Lunatic asylums in Bengal annual reports 1899-1911 - 1899-1911
Year: 1899
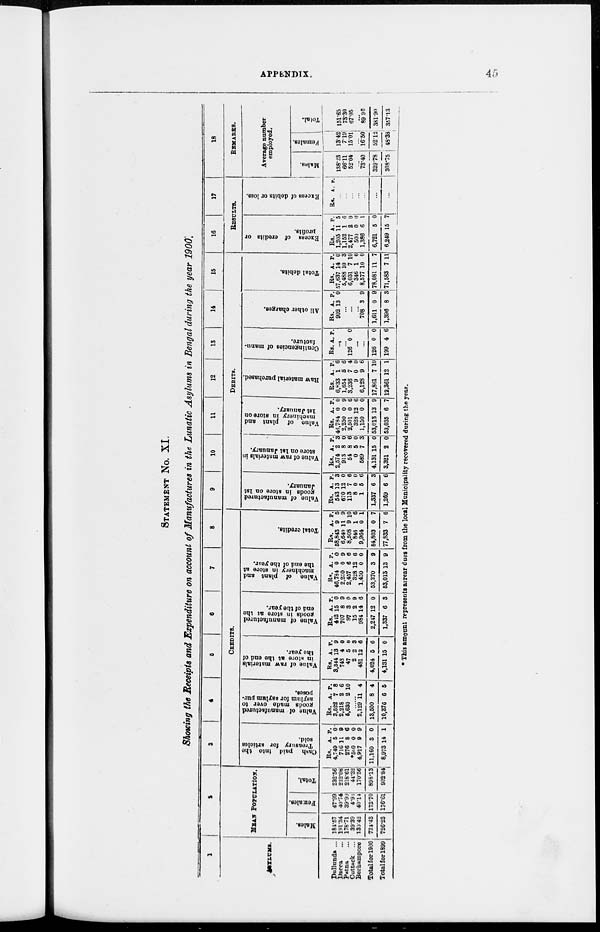
APPENDIX.
45
STATEMENT No. XI.
Showing the Receipts and Expenditure on account of Manufactures in the Lunatic Asylums in Bengal during the year 1900
1
ASYLUMS.
Dullunda ...
Dacca
P»tna
Cutuck
...
Berhampore
Total for 1900
Total for 1899
2
MEAN POPULATION.
Males.
184.57
191.34
178.71
39.39
139.42
724.43
726.23
Females.
47.99
40.74
39.90
4.93
40.14
173.70
176.61
Total.
232.56
232.08
218.61
44.32
170.56
898.13
902.84
3
4
6
6
7
8
CREDITS.
Cash paid into the
Treasury for articles
sold.
Rs.
4,749
716
276
*500
4,917
11,160
8,973
A.
56
11
8
0
9
3
14
P.
0 9
6
0
9
0
1
Value of manufactured
goods made over to
asylum for asylum pur-
poses.
Rs.
3,522
2,218
5,630
A.
7
2
2
P.
8
6
10
......
2,129
13,500
10,376
11
8
6
4
4
5
Value of raw materials
in store at the end of
the year.
Rs.
3,344
748
47
2
481
4,624
4,131
A.
13
4
5
2
12
5
15
P.
9
0
0
3
6
6
0
Value of manufactured
goods in store at the
end of the year.
Rs.
442
707
97
15
984
2,247
1,337
A.
15
8
3
2
14
12
6
P.
0
9
0
9
6
0
3
Value of plant and
machinery in store at
the end of the year.
Rs.
46,784
2,250
2,457
328
1,450
53,270
53,013
A.
0
0
6
12
0
3
13
P.
0
9
6
6
0
9
9
Total credits.
Rs.
58,843
6,640
8,508
846
9,964
84,803
77,833
A.
9
11
9
1
0
0
7
P.
5
9
10
6
1
7
6
9
10
11
12
13
14
15
DEBITS.
Value of manufactured
g oods in store on 1st
January.
Rs.
543
670
113
8
1
1,337
1,269
A.
13
12
7
0
5
6
6
P.
3
0
6
0
6
3
6
Value of raw materials in
store on 1st January.
Rs.
2,574
913
54
0
589
4,131
3,321
A.
2
8
8
6
7
15
2
P.
3
0
6
0
3
0
0
Value of plant and
machinery in store on
1st January.
Rs.
46,784
2,250
2,501
328
1,150
53,013
53,035
A.
0
0
0
12
0
13
6
P.
0
9
6
6
0
9
7
Raw material purchased.
Rs.
6,833
1,654
3,236
9
6,128
17,861
12,361
A.
1
5
7
0
9
7
12
P.
6
6
4
0
6
10
1
Contingencies of manu-
facture.
Rs. A. P.
......
......
126 0 0
......
......
126
199
0
4
0
6
All other charges.
Rs.
902
A.
13
P.
0
......
......
......
708
1,611
1,396
3
0
8
9
9
3
Total debits.
Rs.
57,637
5,488
6,031
346
8,577
78,081
71,583
A.
14
10
7
1
10
11
7
P.
0
3
10
6
0
7
11
16
17
RESULTS.
Excess of credits or
profits.
Rs.
1,205
1,152
2,477
500
1,386
6,721
6,249
A.
11
1
2
0
6
5
15
P.
5
6
0
0
1
0
7
Excess of debits or loss.
Rs. A. P.
......
......
......
......
......
......
......
18
REMARKS.
Average number
employed.
Males.
138.23
66.11
52.04
...
73.40
329.78
308.75
Females.
13.42
7.19
15.01
... 16.50
52.12
48.38
Total.
151.65
73.30
67.05
...
89.90
381.90
357.13
* This amount represents arrear dues from the local Municipality recovered during the year.